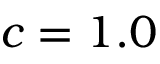
c = 1 . 0